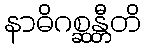
နာဓိဂစ္ဆန္တီတိ